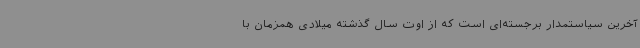
آخرین سیاستمدار برجسته‌ای است که از اوت سال گذشته میلادی همزمان با